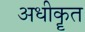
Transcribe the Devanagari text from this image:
अधीकॄत